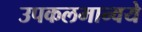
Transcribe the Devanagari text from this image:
उपकलमान्वये